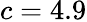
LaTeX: c=4.9